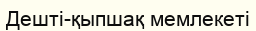
Дешті-қыпшақ мемлекеті